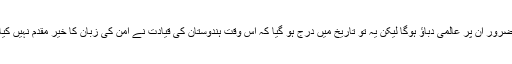
ضرور ان پر عالمی دباؤ ہوگا لیکن یہ تو تاریخ میں درج ہو گیا کہ اس وقت ہندوستان کی قیادت نے امن کی زبان کا خیر مقدم نہیں کیا۔